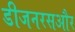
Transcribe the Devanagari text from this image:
डीजनरसऔर